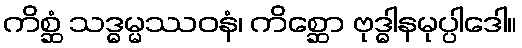
ကိစ္ဆံ သဒ္ဓမ္မဿဝနံ၊ ကိစ္ဆော ဗုဒ္ဓါနမုပ္ပါဒေါ။